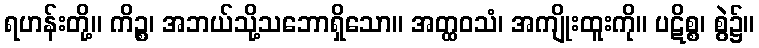
ရဟန်းတို့။ ကိဉ္စ၊ အဘယ်သို့သဘောရှိသော။ အတ္ထဝသံ၊ အကျိုးထူးကို။ ပဋိစ္စ၊ စွဲ၌။